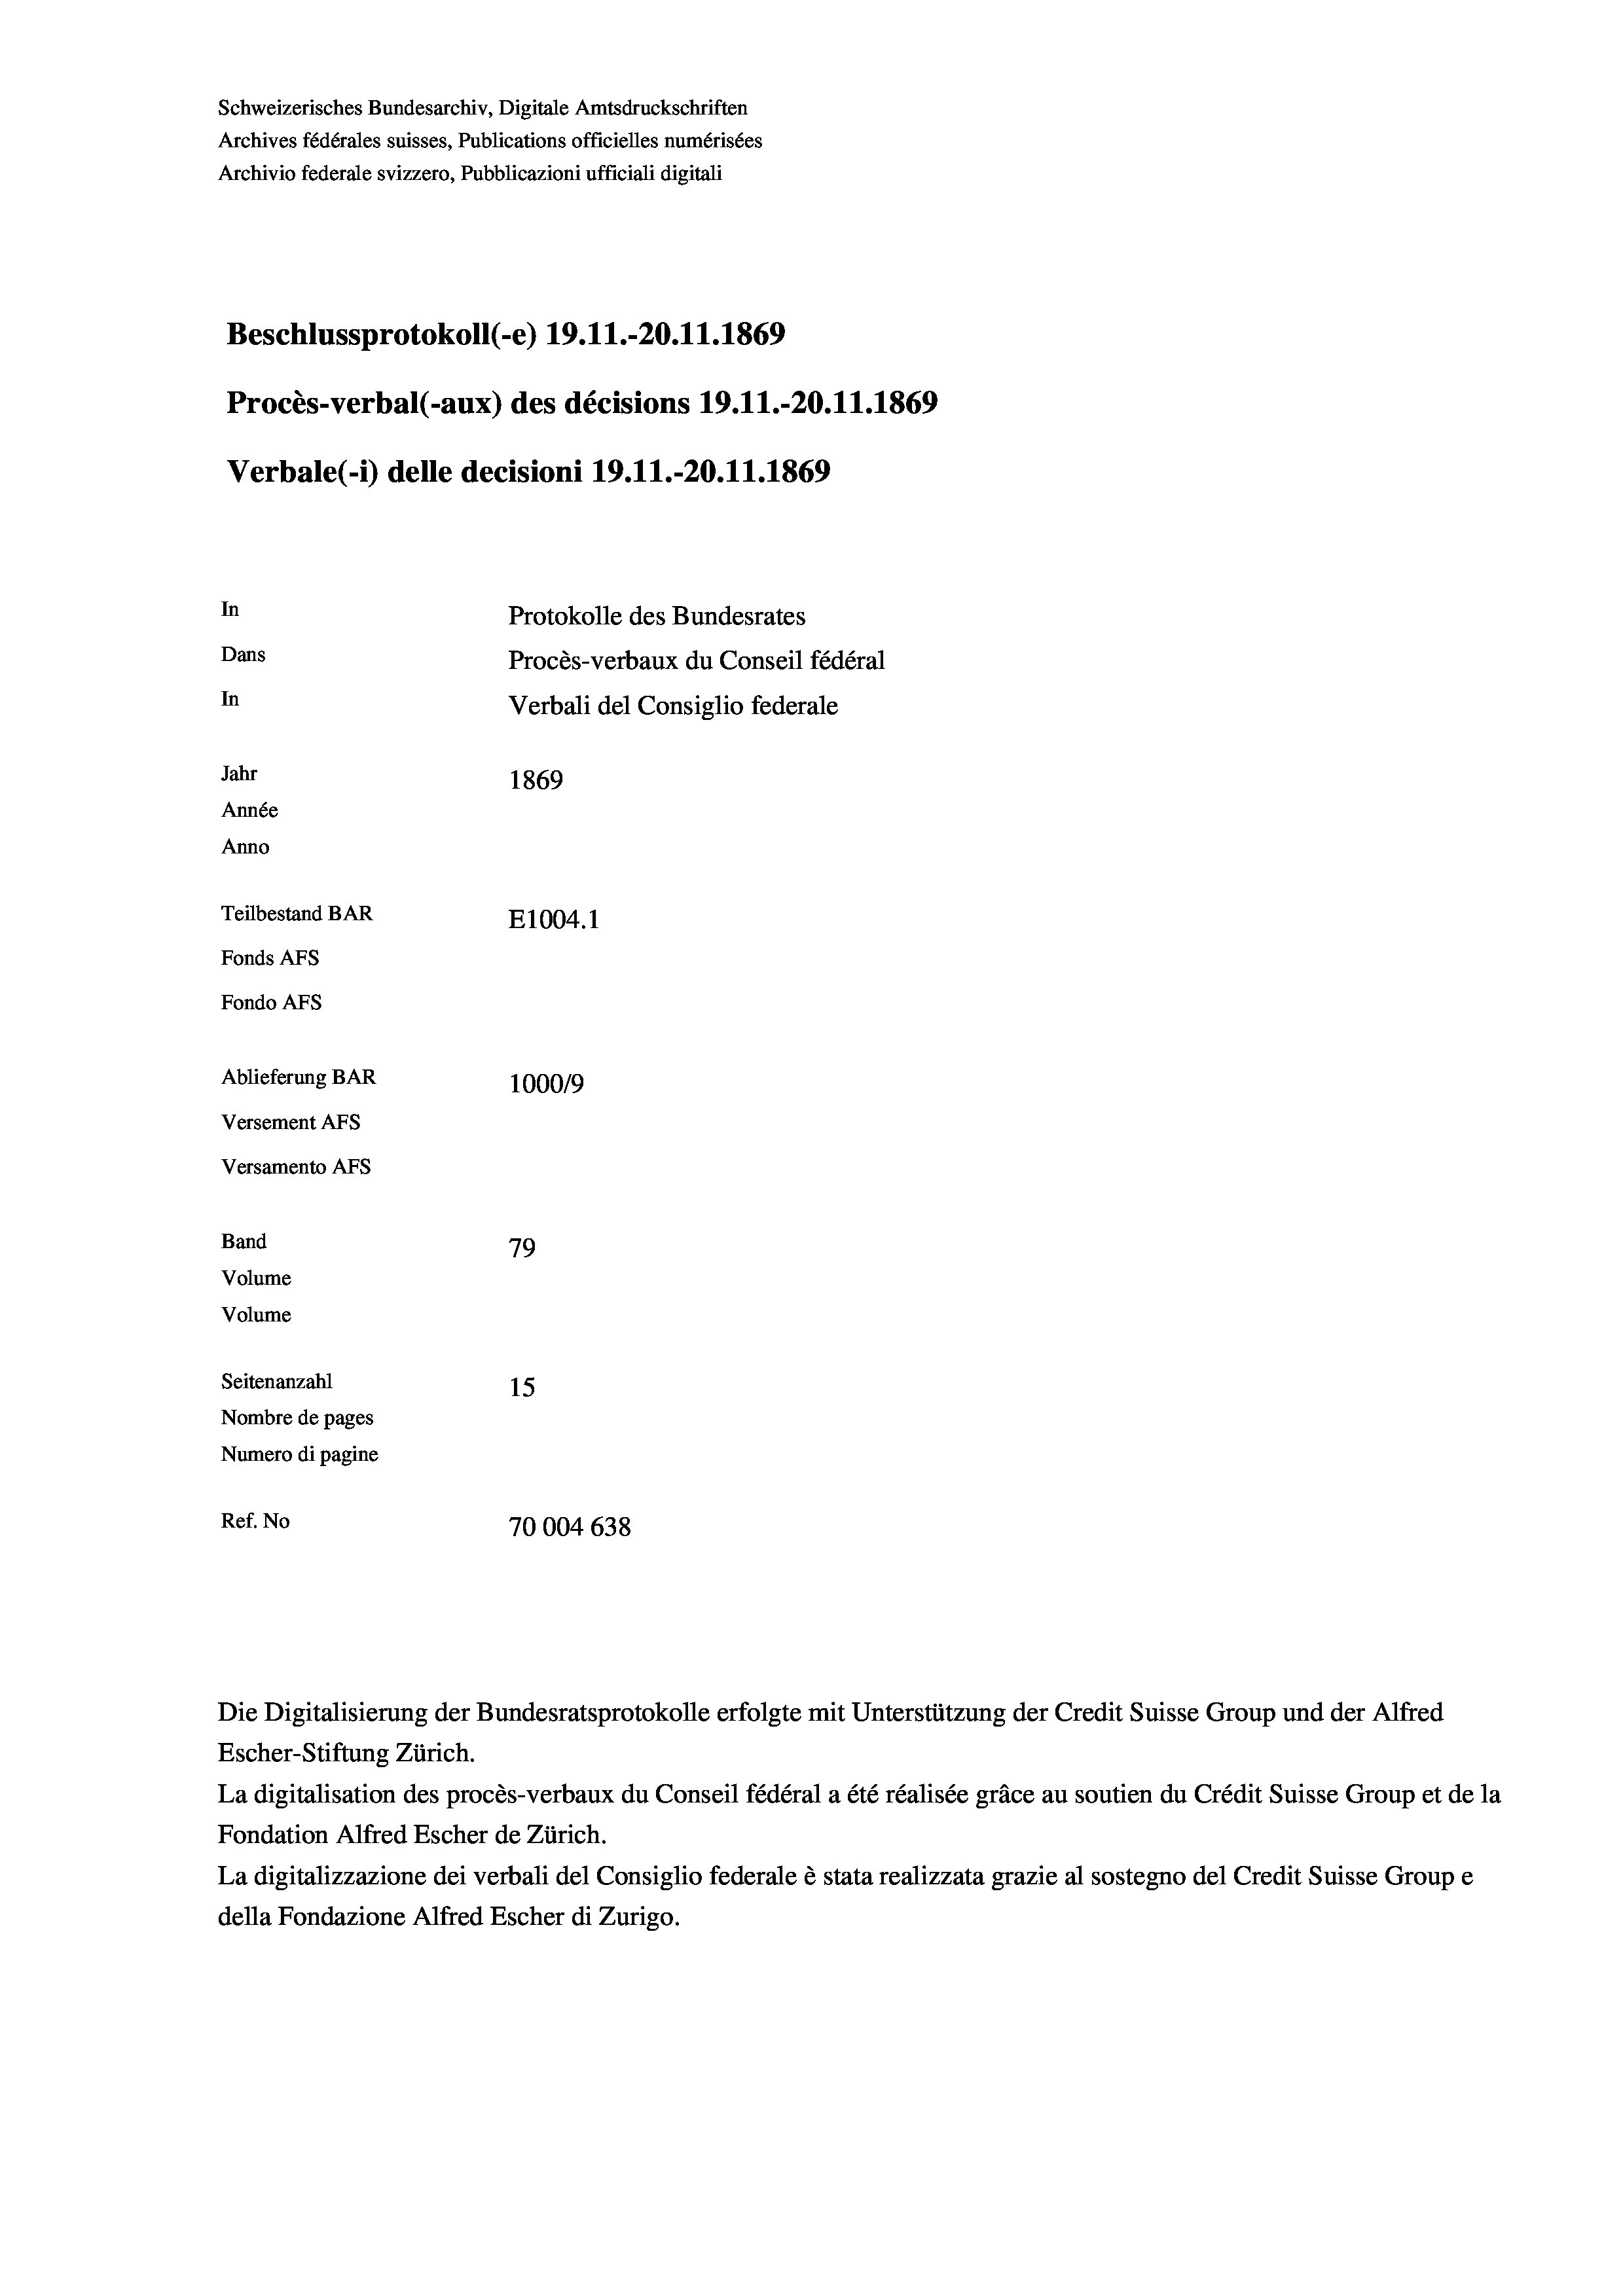
Schweizerisches Bundesarchiv, Digitale Amtsdruckschriften
Archives fédérales suisses, Publications officielles numérisées
Archivio federale svizzero, Pubblicazioni ufficiali digitali
Beschlussprotokoll (-e) 19. 11.-20.11.1869
Procès-verbal (-aux) des décisions 19. 11.-20.11.1869
Verbale(-*) delle decisioni 19. 11.-20.11.1869
In
Protokolle des Bundesrates
Dans
Procès-verbaux du Conseil fédéral
In
Verbali del Consiglio federale
Jahr
1869
Année
Anno
Teilbestand BAR
E1004. 1
Fonds AFs
Fondo AFs
Ablieferung BAR
1000/9
Versement AFs
Versamento AFs
Band
79
Volume
Volume
Seitenanzahl
15
Nombre de pages
Numero di pagine
Ref. No
70004 638

Escher-Stiftung Zürich.
La digitalisation des procès-verbaux du Conseil fédéral a été réalisée gräce au soutien du Crédit Suisse Group et de la
Fondation Alfred Escher de Zürich.
La digitalizzazione dei verbali del Consiglio federale è stata realizzata grazie al sostegno del Credit Suisse Groupe
della Fondazione Alfred Escher di Zurigo.

Die Digitalisierung der Bundesratsprotokolle erfolgte mit Unterstützung der Credit Suisse Group und der Alfred